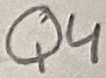
Text: Q4